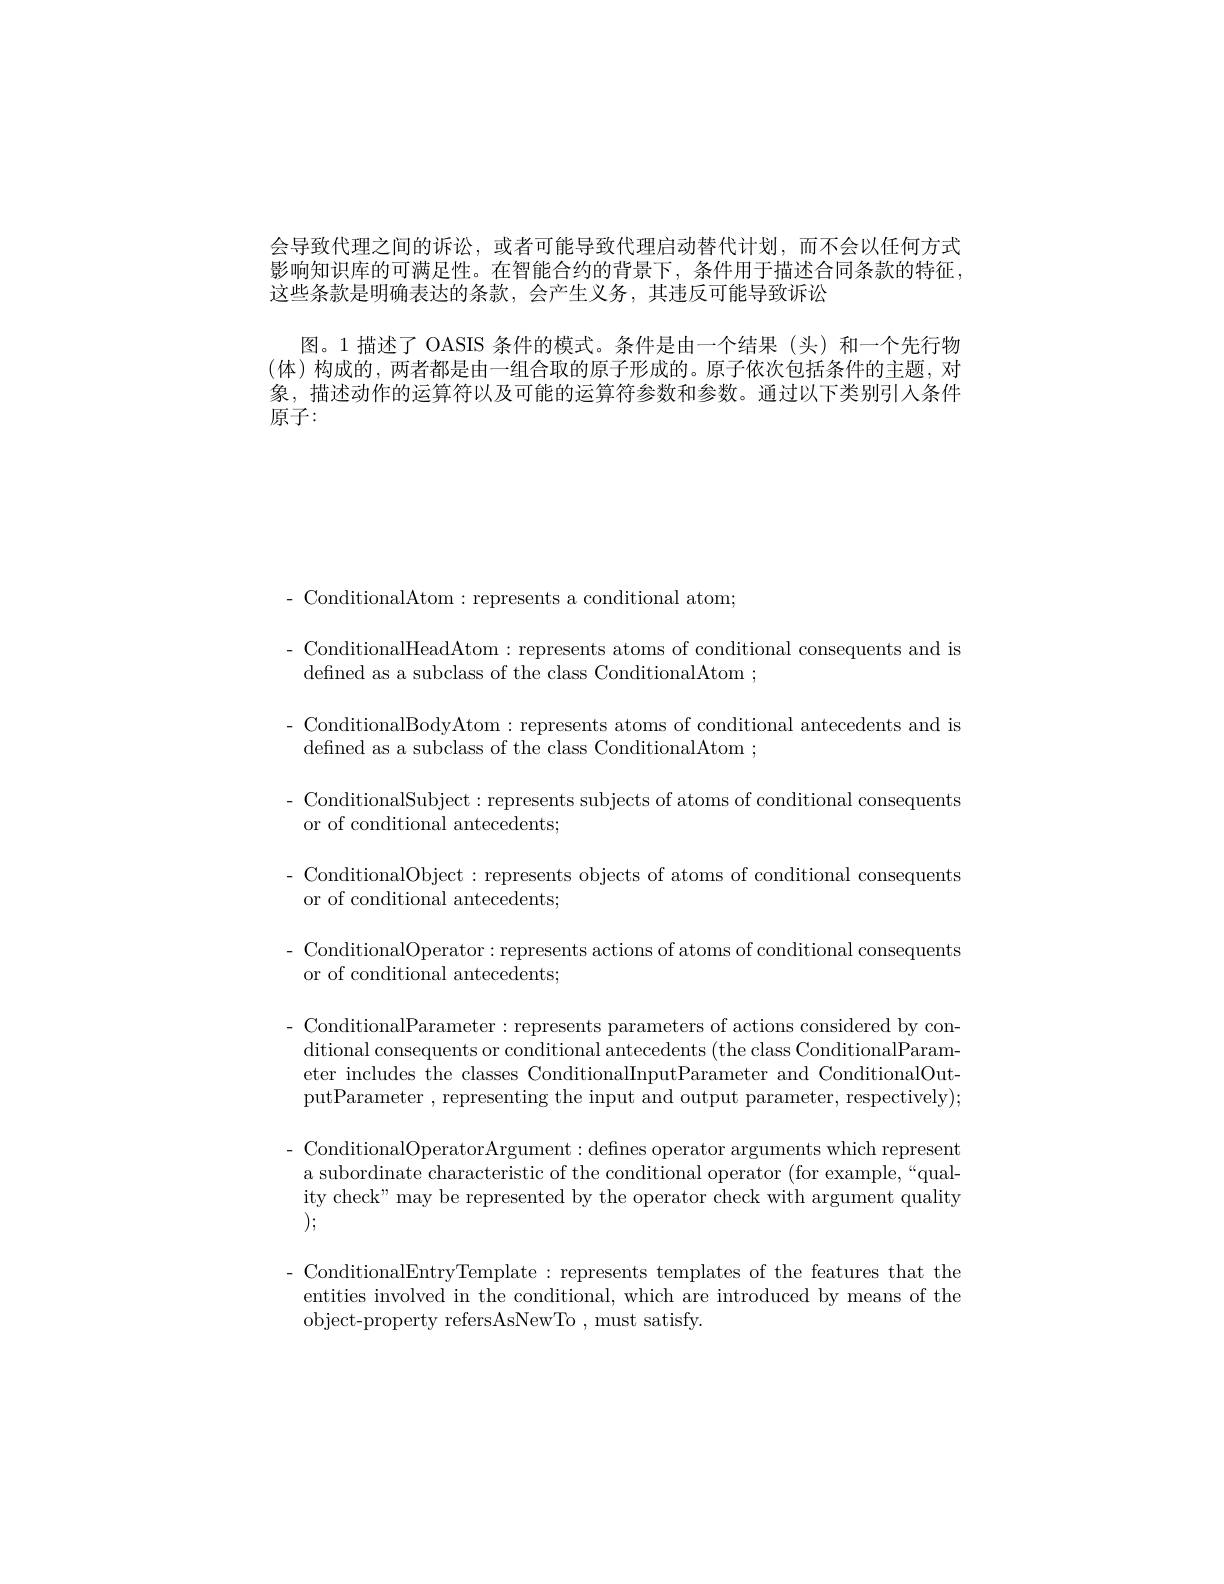
会导致代理之间的诉讼，或者可能导致代理启动替代计划，而不会以任何方式影响知识库的可满足性。在智能合约的背景下，条件用于描述合同条款的特征， 这些条款是明确表达的条款，会产生义务，其违反可能导致诉讼
图。1 描述了 OASIS 条件的模式。条件是由一个结果(头)和一个先行物(体)构成的，两者都是由一组合取的原子形成的。原子依次包括条件的主题，对象，描述动作的运算符以及可能的运算符参数和参数。通过以下类别引入条件原子：

- ConditionalAtom: represents a conditional atom;
$-{\mathrm{~ConditionalHeadAtom:~represents~atoms~of~conditional~consequents~and~is}}$
defined as a subclass of the class ConditionalAtom ;
- ConditionalBodyAtom: represents atoms of conditional antecedents and is
defined as a subclass of the class ConditionalAtom ;
- ConditionalSubject: represents subjects of atoms of conditional consequents
or of conditional antecedents;
- ConditionalObject: represents objects of atoms of conditional consequents
or of conditional antecedents;
- ConditionalOperator:represents actions of atoms of conditional consequents
or of conditional antecedents;
- ConditionalParameter: represents parameters of actions considered by con-
ditional consequents or conditional antecedents (the class ConditionalParameter includes the classes ConditionalInputParameter and ConditionalOutputParameter , representing the input and output parameter, respectively);
- ConditionalOperatorArgument: defines operator arguments which represent
a subordinate characteristic of the conditional operator (for example,“quality check" may be represented by the operator check with argument quality );
- ConditionalEntryTemplate : represents templates of the features that the
entities involved in the conditional, which are introduced by means of the
object-property refersAsNewTo ,must satisfy.